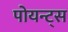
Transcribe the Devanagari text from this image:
पोयन्ट्‌स